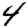
Digit: 4